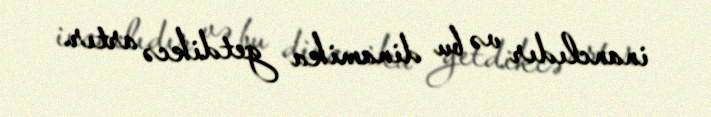
inanclıdır və bu dinamika getdikcə artır.